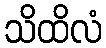
သိထိလံ